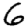
Digit: 6